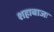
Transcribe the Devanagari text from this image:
शहाबाजः